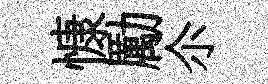
慷勵尒